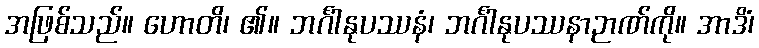
အဖြစ်သည်။ ဟောတိ၊ ၏။ ဘင်္ဂါနုပဿနံ၊ ဘင်္ဂါနုပဿနာဉာဏ်ကို။ အာဒိံ၊